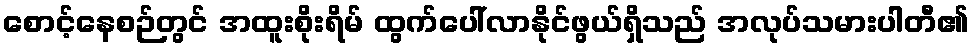
စောင့်နေစဉ်တွင် အထူးစိုးရိမ် ထွက်ပေါ်လာနိုင်ဖွယ်ရှိသည် အလုပ်သမားပါတီ၏